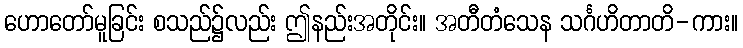
ဟောတော်မူခြင်း စသည်၌လည်း ဤနည်းအတိုင်း။ အတီတံသေန သင်္ဂဟိတာတိ-ကား။